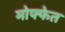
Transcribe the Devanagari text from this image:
मोफ्फेत